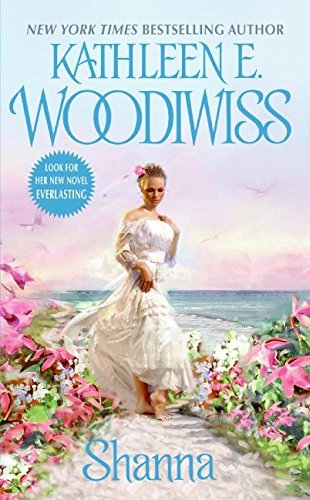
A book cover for Shanna; Kathleen E. Woodiwiss; Romance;